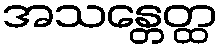
အသန္တေတ္ထ